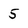
Character: 5